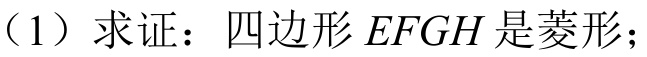
（1）求证：四边形\(EFGH\)是菱形；